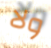
ولا